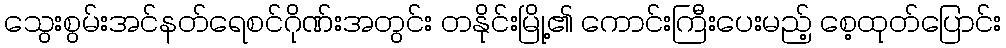
သွေးစွမ်းအင်နတ်ရေစင်ဂိုဏ်းအတွင်း တနိုင်းမြို့၏ ကောင်းကြီးပေးမည့် စေ့ထုတ်ပြောင်း